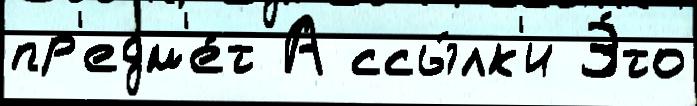
пр'едм'е́т А ссы́лк'и Э́то